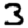
Digit: 3